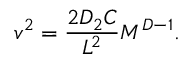
v ^ { 2 } = { \frac { 2 D _ { 2 } C } { L ^ { 2 } } } M ^ { D - 1 } .